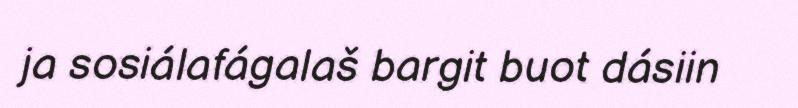
ja sosiálafágalaš bargit buot dásiin